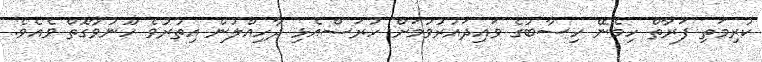
ކުރިމަތި ފަރާތް ހިމެނޭ ހިސާބުގެ ވައިދައުރުވުމަށް ހުރަސްއެޅި ދާހިއްލުން އިތުރުވެ ހޫނުވާގޮތް ވެއެވެ.